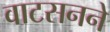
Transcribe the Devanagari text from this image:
वाटसनने